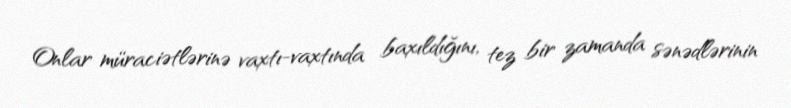
Onlar müraciətlərinə vaxtı-vaxtında baxıldığını, tez bir zamanda sənədlərinin